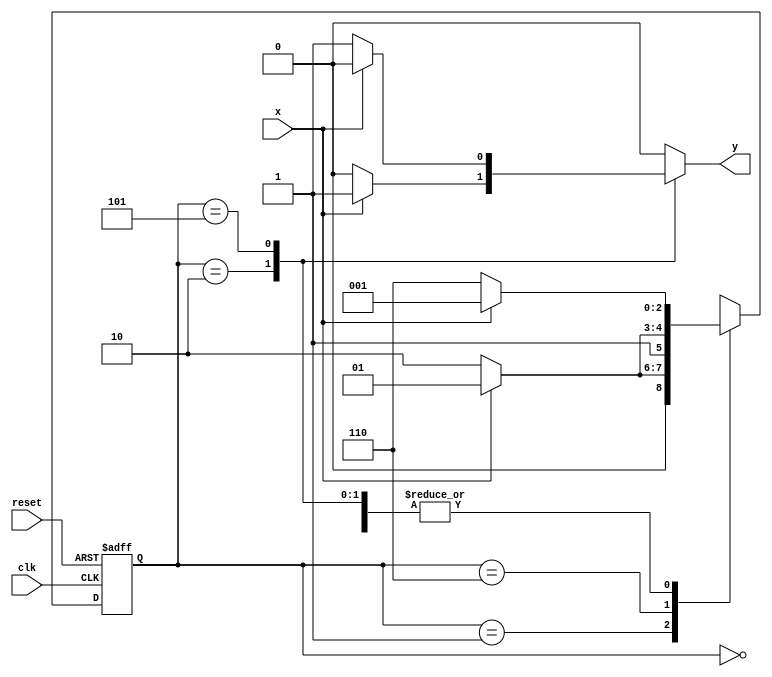
// -----------------------------------------------------------------
// Guia 11 - Exericio 04 - mquina de estados finitos capaz de 
// identificar uma sequncia de trs bits iguais a
// (010) ou (101).
// Nome: Eduardo de Abreu Fortes
// -----------------------------------------------------------------


// constant definitions
`define found 1
`define notfound 0

// FSM by Mealy
module guia11_ex04 ( y, x, clk, reset );
output y;
input x;
input clk;
input reset;

reg y;

parameter // state identifiers 
start = 3'b000,
id1 = 3'b001,
id0 = 3'b110,
id10 = 3'b010,
id01 = 3'b101;

reg [2:0] E1;	// current state variables
reg [2:0] E2;	// next state logic output

// next state logic
always @( x or E1 )
begin
y = `notfound;

case ( E1 )
start:
if ( x )
E2 = id1;
else
E2 = id0;

id1:
if ( x )
E2 = id1;
else
E2 = id10;

id10:
if ( x )
begin
E2 =  id1;
y  = `found;
end
else
begin
E2 =  id0;
y  = `notfound;
end

id0:
if ( x )
E2 = id01;
else
E2 = id0;

id01:
if ( x )
begin
E2 =  id1;
y  = `notfound;
end
else
begin
E2 =  id0;
y  = `found;
end

default: // undefined state
E2 =  3'bxxx;
endcase

end //always at signal or state changing


// state variables
always @( posedge clk or negedge reset )
begin
if ( reset )
E1 = E2; // updates current state
else
E1 = 0; // reset
end // always at signal changing

endmodule //--fim guia11_ex04